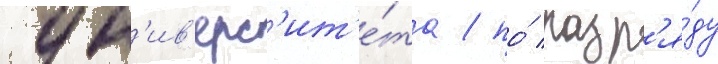
ун'ив'ерс'ит'е́та / по́ разр'я́ду